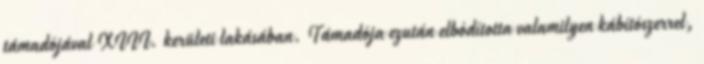
támadójával XIII. kerületi lakásában. Támadója ezután elbódította valamilyen kábítószerrel,